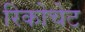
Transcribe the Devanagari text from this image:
रिकोचेट